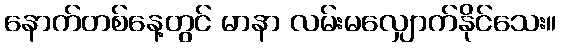
နောက်တစ်နေ့တွင် မာနာ လမ်းမလျှောက်နိုင်သေး။